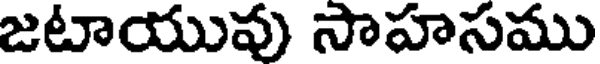
జటాయువు సాహసము